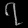
Digit: ၇